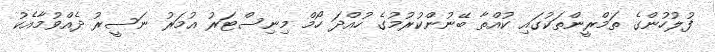
ފުލުހުންގެ ތަމްރީންތަކުގައި ކުއްތާ ބޭނުންކުރުމުގެ ހުއްދަ ހޯމް މިނިސްޓަރު އުމަރު ނަސީރު ދެއްވުމާއެކު